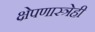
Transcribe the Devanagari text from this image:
क्षेपणास्त्रेही